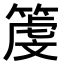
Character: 𥱲